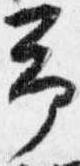
予